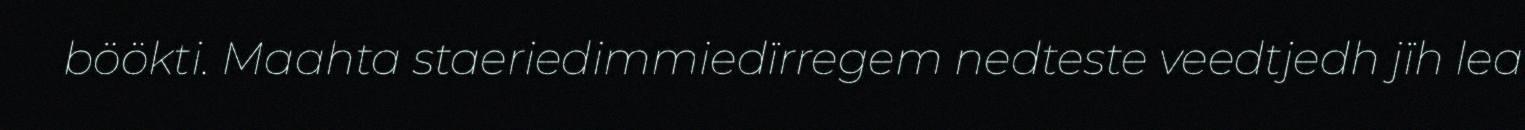
böökti. Maahta staeriedimmiedïrregem nedteste veedtjedh jïh lea